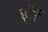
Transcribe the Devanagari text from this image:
ईर्ले